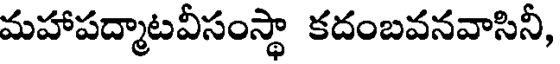
మహాపద్మాటవీసంస్థా కదంబవనవాసినీ,